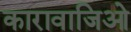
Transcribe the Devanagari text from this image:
कारावाजिओ